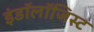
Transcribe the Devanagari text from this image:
इंडॉलॉजिस्ट